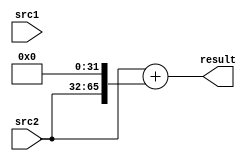
// scala

module MULADD_2 (
  input      [51:0]   src1,
  input      [33:0]   src2,
  output     [65:0]   result
);
  wire       [65:0]   _zz_1_;
  wire       [33:0]   _zz_2_;
  wire       [65:0]   _zz_3_;
  wire       [65:0]   _zz_4_;
  wire       [33:0]   _zz_5_;

  assign _zz_1_ = ($signed(_zz_3_) + $signed(_zz_4_));
  assign _zz_2_ = src2;
  assign _zz_3_ = {{32{_zz_2_[33]}}, _zz_2_};
  assign _zz_4_ = ({32'd0,_zz_5_} <<< 32);
  assign _zz_5_ = src2;
  assign result = _zz_1_;

endmodule